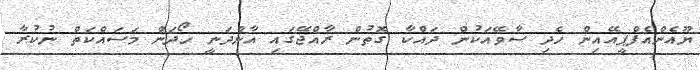
ޔޫއެންއެފްޕީއޭއިން ހެދި ސާވޭއަކުން ދައްކާ ގޮތުން ރާއްޖޭގައި އާންދަނީ ހޯދަން މަސައްކަތް ނުކުރާ